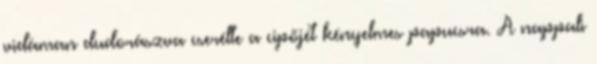
vidáman dudorászva cserélte a cipőjét kényelmes papucsra. A nappali